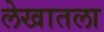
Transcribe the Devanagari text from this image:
लेखातला